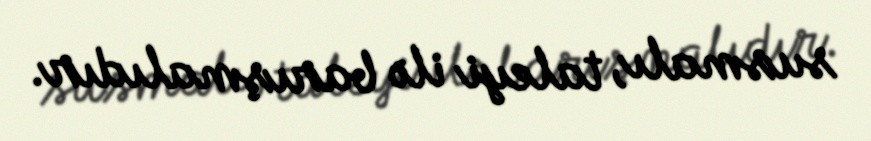
susmalı, taleyi ilə barışmalıdır.